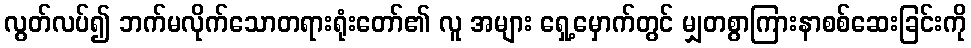
လွတ်လပ်၍ ဘက်မလိုက်သောတရားရုံးတော်၏ လူ အများ ရှေ့မှောက်တွင် မျှတစွာကြားနာစစ်ဆေးခြင်းကို